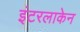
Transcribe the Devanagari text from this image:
इंटरलाकेन